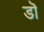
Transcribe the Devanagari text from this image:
डॊ